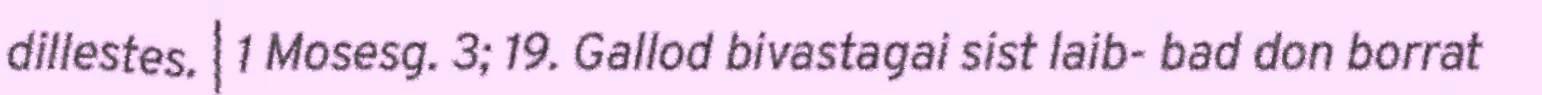
dillestes. | 1 Mosesg. 3; 19. Gallod bivastagai sist laib- bad don borrat